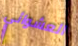
العشوائي